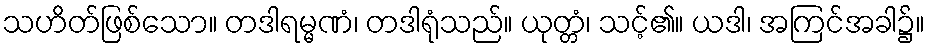
သဟိတ်ဖြစ်သော။ တဒါရမ္မဏံ၊ တဒါရုံသည်။ ယုတ္တံ၊ သင့်၏။ ယဒါ၊ အကြင်အခါ၌။